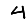
Digit: 4